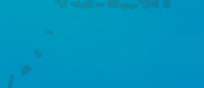
محل بيع الأثاث المنزلي ال